Materia medica of Madras volume I
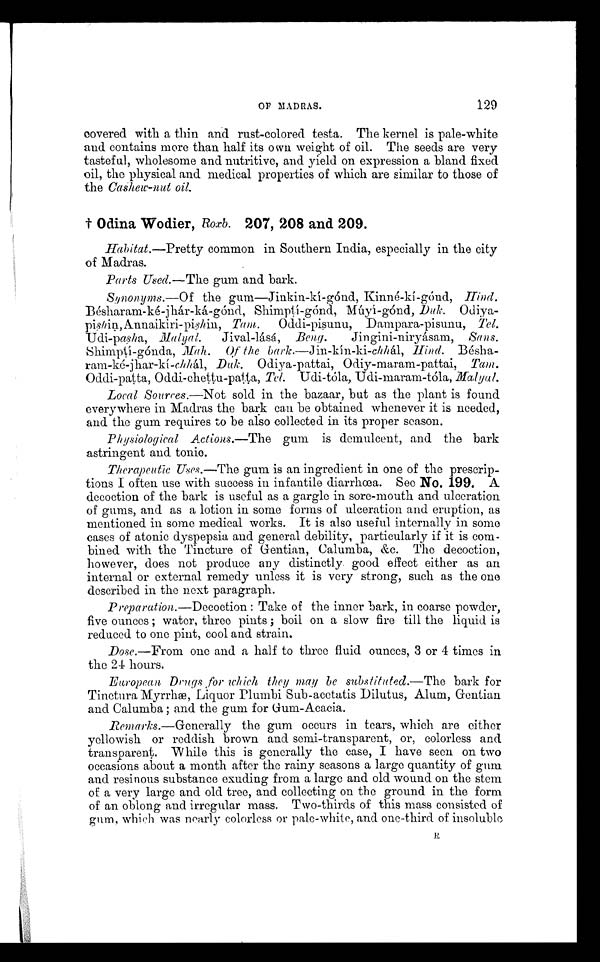
OF MADRAS.
129
covered with a thin and rust-colored testa. The kernel is pale-white
and contains more than half its own weight of oil. The seeds are very
tasteful, wholesome and nutritive, and yield on expression a bland fixed
oil, the physical and medical properties of which are similar to those of
the Cashew-nut oil.
† Odina Wodier, Roxb. 207, 208 and 209.
Habitat.—Pretty common in Southern India, especially in the city
of Madras.
Parts Used.—The gum and bark.
Synonyms.—Of the gum—Jinkin-kí-gónd, Kinné-ki-gónd, Hind.
Bésharam-ké-jhár-ká-gónd, Shimptí-gónd, Múyí-gónd,
Duk. Odiya
-
pishin, Annaikiri-pishin
Tam. Oddi-pisunu, Dampara-pisunu, Tel.
Udi-pasha, Malyal. y a l . y a l . J i v a l - l á s á ,
B e n g .
J i n g i n i - n i r y á s a m ,
S a n s .
Shimptí-gónda, Mah. Of the bark.—Jin-kín-ki-chhál, Hind. B é
sha--
ram-ké-jhar-kí-chhál, Duk. Odiya-pattai, Odiy-maram-pattai, Tam.
Oddi-patta, Oddi-chettu-patta, Tel. Udi-tóla, Udi-maram-tóla,
Local Sources.—Not sold in the bazaar, but as the plant is found
everywhere in Madras the bark can be obtained whenever it is needed,
and the gum requires to be also collected in its proper season.
Physiological Actions.—The gum is demulcent, and the bark
astringent and tonic.
Therapeutic Uses .—The gum is an ingredient in one of the prescrip
-tions I often use with success in infantile diarrhœa. Sec No. 199. A
decoction of the bark is useful as a gargle in sore-mouth and ulceration
of gums, and as a lotion in some forms of ulceration and eruption, as
mentioned in some medical works. It is also useful internally in some
cases of atonic dyspepsia and general debility, particularly if it is com
-bined with the Tincture of Gentian, Calumba, &c. The decoction,
however, does not produce any distinctly good effect either as an
internal or external remedy unless it is very strong, such as the one
described in the next paragraph.
Preparation .—Decoction : Take of the inner bark, in coarse powder,
five ounces ; water, three pints ; boil on a slow fire till the liquid is
reduced to one pint, cool and strain.
Dose.—From one and a half to three fluid ounces, 3 or 4 times ín
the 24 hours.
European Drugs for which they may be substituted.—The bark for
Tinctura Myrrhæ, Liquor Plumbi Sub-acetatis Dilutus, Alum, Gentian
and Columba ; and the gum for Gum-Acacia.
Remarks.—Generally the gum occurs in tears, which are either
yellowish or reddish brown and semi-transparent, or, colorless and
transparent. While this is generally the case, I have seen on two
occasions about a month after the rainy seasons a large quantity of gum
and resinous substance exuding from a large and old wound on the stem
of a very large and old tree, and collecting on the ground in the form
of an oblong and irregular mass. Two-thirds of this mass consisted of
gum, which was nearly colorless or pale-white, and one-third of insoluble